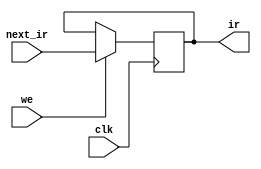
module instruction_register(clk, we, next_ir, ir);
   input clk, we;
   input [31:0] next_ir;
   output reg [31:0] ir;

   always @(posedge clk) begin
      if (we == 1'b1) begin
	 ir <= next_ir;
      end
   end
endmodule